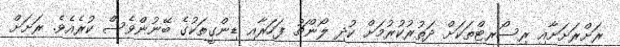
ރަށްރަށަށާއި ރިސޯރޓްތަކަށް ދަތުރުކުރުމަށް ކުދި ލޯންޗު ފަހަރާއި ޑިންގީތަކުގެ ބޭނުންވެސް ކުރެއެވެ. ރަށަށް